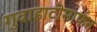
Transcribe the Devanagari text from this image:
गुवाहाटीमार्फत